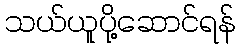
သယ်ယူပို့ဆောင်ရန်